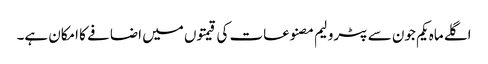
اگلے ماہ یکم جون سے پٹرولیم مصنوعات کی قیمتوں میں اضافے کا امکان ہے۔